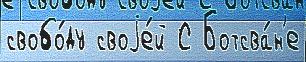
свобо́ду своjе́й С Ботсва́н'е